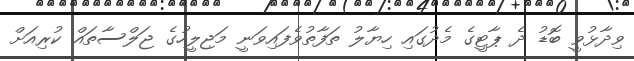
ވިދާޅުވީ ބޮޑު ދެ ޕާޓީގެ މެދުގައި ހިޔާލު ތަފާތުވެފައިވަނީ މަޖިލީހުގެ ޖަލްސާތައް ކުރިއަށް